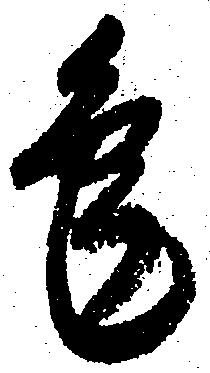
兎